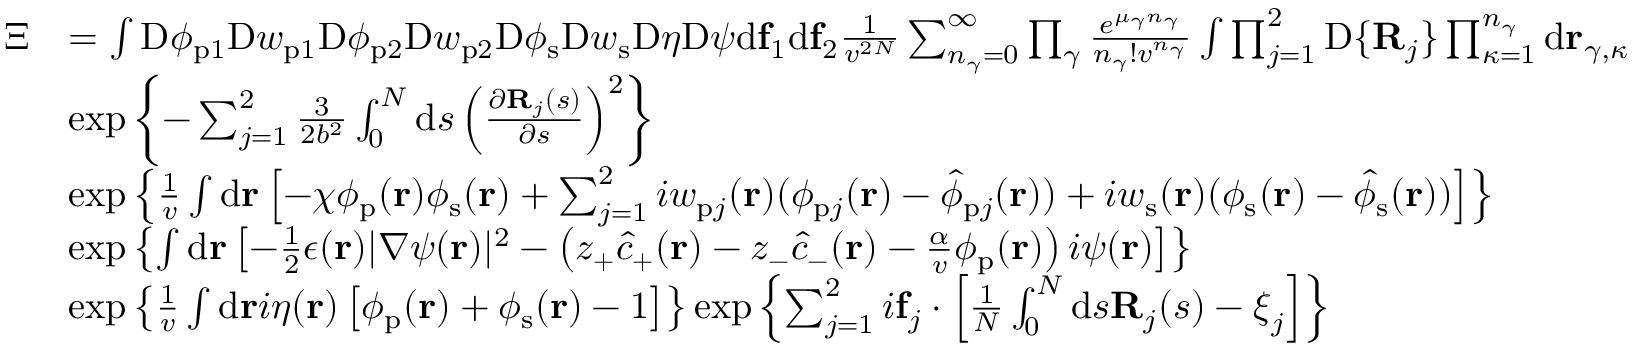
\begin{array} { r l } { \Xi } & { = \int \mathrm { D } \phi _ { \mathrm { p } 1 } \mathrm { D } w _ { \mathrm { p } 1 } \mathrm { D } \phi _ { \mathrm { p } 2 } \mathrm { D } w _ { \mathrm { p } 2 } \mathrm { D } \phi _ { \mathrm { s } } \mathrm { D } w _ { \mathrm { s } } \mathrm { D } \eta \mathrm { D } \psi \mathrm { d } \mathbf { f } _ { 1 } \mathrm { d } \mathbf { f } _ { 2 } \frac { 1 } { v ^ { 2 N } } \sum _ { n _ { \gamma } = 0 } ^ { \infty } \prod _ { \gamma } \frac { e ^ { \mu _ { \gamma } n _ { \gamma } } } { n _ { \gamma } ! v ^ { n _ { \gamma } } } \int \prod _ { j = 1 } ^ { 2 } \mathrm { D } \{ \mathbf { R } _ { j } \} \prod _ { \kappa = 1 } ^ { n _ { \gamma } } \mathrm { d } \mathbf { r } _ { \gamma , \kappa } } \\ & { \exp \left\{ - \sum _ { j = 1 } ^ { 2 } \frac { 3 } { 2 b ^ { 2 } } \int _ { 0 } ^ { N } \mathrm { d } s \left( \frac { \partial \mathbf { R } _ { j } ( s ) } { \partial s } \right) ^ { 2 } \right\} } \\ & { \exp \left\{ \frac { 1 } { v } \int \mathrm { d } { \mathbf { r } } \left[ - \chi \phi _ { \mathrm { p } } ( \mathbf { r } ) \phi _ { \mathrm { s } } ( \mathbf { r } ) + \sum _ { j = 1 } ^ { 2 } i w _ { \mathrm { p } j } ( \mathbf { r } ) ( \phi _ { \mathrm { p } j } ( \mathbf { r } ) - \hat { \phi } _ { \mathrm { p } j } ( \mathbf { r } ) ) + i w _ { \mathrm { s } } ( \mathbf { r } ) ( \phi _ { \mathrm { s } } ( \mathbf { r } ) - \hat { \phi } _ { \mathrm { s } } ( \mathbf { r } ) ) \right] \right\} } \\ & { \exp \left\{ \int \mathrm { d } \mathbf { r } \left[ - \frac { 1 } { 2 } \epsilon ( \mathbf { r } ) | \nabla \psi ( \mathbf { r } ) | ^ { 2 } - \left( z _ { + } \hat { c } _ { + } ( \mathbf { r } ) - z _ { - } \hat { c } _ { - } ( \mathbf { r } ) - \frac { \alpha } { v } { \phi } _ { \mathrm { p } } ( \mathbf { r } ) \right) i \psi ( \mathbf { r } ) \right] \right\} } \\ & { \exp \left\{ \frac { 1 } { v } \int \mathrm { d } \mathbf { r } i \eta ( \mathbf { r } ) \left[ \phi _ { \mathrm { p } } ( \mathbf { r } ) + \phi _ { \mathrm { s } } ( \mathbf { r } ) - 1 \right] \right\} \exp \left\{ \sum _ { j = 1 } ^ { 2 } i \mathbf { f } _ { j } \cdot \left[ \frac { 1 } { N } \int _ { 0 } ^ { N } \mathrm { d } s \mathbf { R } _ { j } ( s ) - \boldsymbol { \xi } _ { j } \right] \right\} } \end{array}